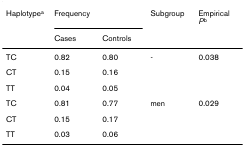
<table><thead><tr><td><b>Haplotype<sup>a</sup></b></td><td colspan="2"><b>Frequency</b></td><td><b>Subgroup</b></td><td><b>Empirical <i>P</i><sup>b</sup></b></td></tr><tr><td></td><td><b>Cases</b></td><td><b>Controls</b></td><td></td><td></td></tr></thead><tbody><tr><td>TC</td><td>0.82</td><td>0.80</td><td>-</td><td>0.038</td></tr><tr><td>CT</td><td>0.15</td><td>0.16</td><td></td><td></td></tr><tr><td>TT</td><td>0.04</td><td>0.05</td><td></td><td></td></tr><tr><td>TC</td><td>0.81</td><td>0.77</td><td>men</td><td>0.029</td></tr><tr><td>CT</td><td>0.15</td><td>0.17</td><td></td><td></td></tr><tr><td>TT</td><td>0.03</td><td>0.06</td><td></td><td></td></tr></tbody></table>